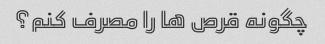
چگونه قرص ها را مصرف کنم؟